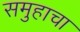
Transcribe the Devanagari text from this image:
समुहाचा